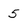
Character: 5